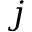
j